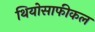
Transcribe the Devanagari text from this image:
थियोसाफीकल